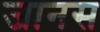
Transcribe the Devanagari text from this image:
जानस